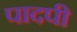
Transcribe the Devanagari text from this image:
पादपी